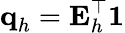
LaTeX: \textbf{q}_{h}=\textbf{E}_{h}^{\top}\textbf{1}